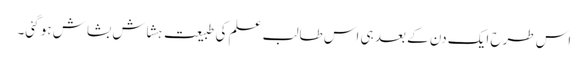
اس طرح ایک دن کے بعد ہی اس طالب علم کی طبیعت ہشاش بشاش ہو گئی۔